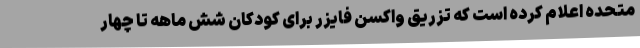
متحده اعلام کرده است که تزریق واکسن فایزر برای کودکان شش ماهه تا چهار